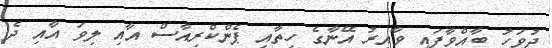
ދުވަހު ބާއްވާފައި ވާއިރު އޭނާގެ ހިތާއި ޕެންކްރިއާސް އާއި ލިވަ އާއި ދެ